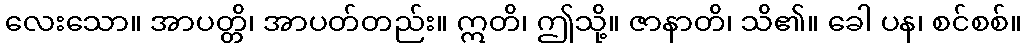
လေးသော။ အာပတ္တိ၊ အာပတ်တည်း။ ဣတိ၊ ဤသို့။ ဇာနာတိ၊ သိ၏။ ခေါ ပန၊ စင်စစ်။